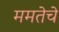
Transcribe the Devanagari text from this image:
ममतेचे